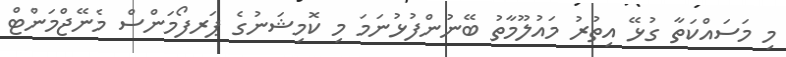
މި މަސައްކަތާ ގުޅޭ އިތުރު މައުލޫމާތު ބޭނުންފުޅުނަމަ މި ކޮމިޝަނުގެ ޕަރފޯމަންސް މެނޭޖްމަންޓް